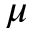
\mu